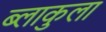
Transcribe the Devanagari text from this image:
ब्लाकुला